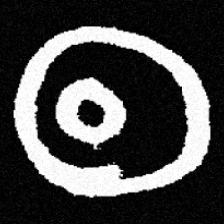
Pyu character \u2014 Myanmar letter: ထ (romanized: tha)